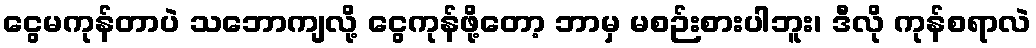
ငွေမကုန်တာပဲ သဘောကျလို့ ငွေကုန်ဖို့တော့ ဘာမှ မစဉ်းစားပါဘူး၊ ဒီလို ကုန်စရာလဲ